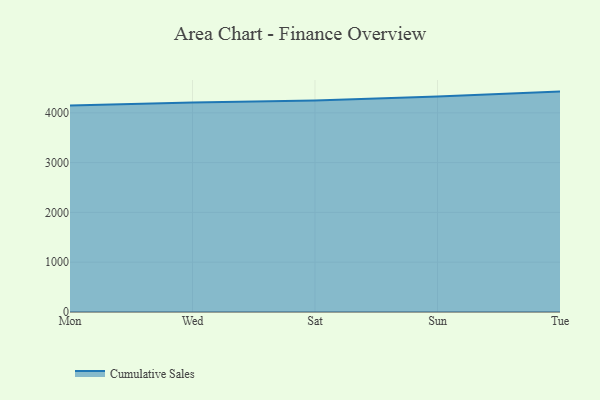
{"axis": {"x": "Day", "y": "Population (Million)"}, "legend": ["Cumulative Sales"], "data": [{"x": "Mon", "y": 4149.0, "type": "Cumulative Sales"}, {"x": "Wed", "y": 4209.1, "type": "Cumulative Sales"}, {"x": "Sat", "y": 4250.0, "type": "Cumulative Sales"}, {"x": "Sun", "y": 4326.9, "type": "Cumulative Sales"}, {"x": "Tue", "y": 4426.4, "type": "Cumulative Sales"}]}